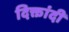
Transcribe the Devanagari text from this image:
दिक्तांदी